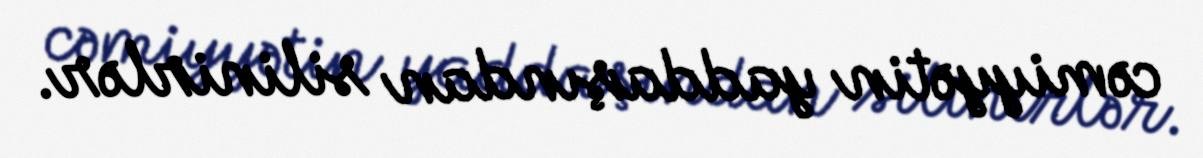
cəmiyyətin yaddaşından silinirlər.